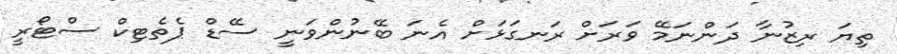
ތިޔަ ރިޒުނާ ދަންނަމޭ ވަރަށް ރަނގަޅަށް އެނަ ބޭނުންވަނީ ސޭޑް ޕެތެޓިކް ސްޓޯރީ